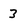
Character: 3